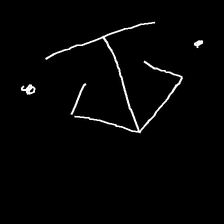
Glyph: earth